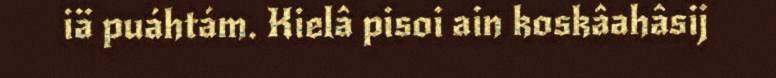
iä puáhtám. Kielâ pisoi ain koskâahâsij